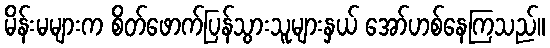
မိန်းမများက စိတ်ဖောက်ပြန်သွားသူများနှယ် အော်ဟစ်နေကြသည်။